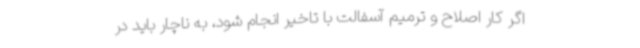
اگر کار اصلاح و ترمیم آسفالت با تاخیر انجام شود، به ناچار باید در